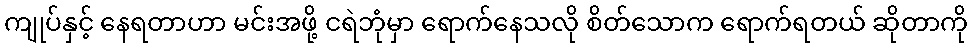
ကျုပ်နှင့် နေရတာဟာ မင်းအဖို့ ငရဲဘုံမှာ ရောက်နေသလို စိတ်သောက ရောက်ရတယ် ဆိုတာကို